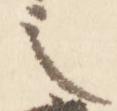
之